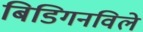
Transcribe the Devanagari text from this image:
बिडिगनविले